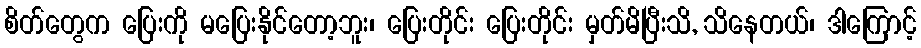
စိတ်တွေက ပြေးကို မပြေးနိုင်တော့ဘူး၊ ပြေးတိုင်း ပြေးတိုင်း မှတ်မိပြီးသိ, သိနေတယ်၊ ဒါကြောင့်